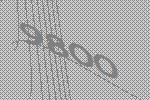
9800